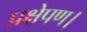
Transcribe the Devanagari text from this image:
प्रक्षेपण।